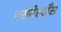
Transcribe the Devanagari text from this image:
एसेबेस्टाँस